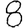
Digit: 8